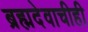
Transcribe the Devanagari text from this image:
ब्रह्मदेवाचीही